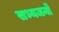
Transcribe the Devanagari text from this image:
सभ्यजनों